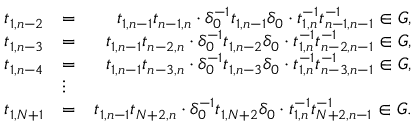
\begin{array} { r l r } { t _ { 1 , n - 2 } } & { = } & { t _ { 1 , n - 1 } t _ { n - 1 , n } \cdot \delta _ { 0 } ^ { - 1 } t _ { 1 , n - 1 } \delta _ { 0 } \cdot t _ { 1 , n } ^ { - 1 } t _ { n - 1 , n - 1 } ^ { - 1 } \in G , } \\ { t _ { 1 , n - 3 } } & { = } & { t _ { 1 , n - 1 } t _ { n - 2 , n } \cdot \delta _ { 0 } ^ { - 1 } t _ { 1 , n - 2 } \delta _ { 0 } \cdot t _ { 1 , n } ^ { - 1 } t _ { n - 2 , n - 1 } ^ { - 1 } \in G , } \\ { t _ { 1 , n - 4 } } & { = } & { t _ { 1 , n - 1 } t _ { n - 3 , n } \cdot \delta _ { 0 } ^ { - 1 } t _ { 1 , n - 3 } \delta _ { 0 } \cdot t _ { 1 , n } ^ { - 1 } t _ { n - 3 , n - 1 } ^ { - 1 } \in G , } \\ & { \vdots } & \\ { t _ { 1 , N + 1 } } & { = } & { t _ { 1 , n - 1 } t _ { N + 2 , n } \cdot \delta _ { 0 } ^ { - 1 } t _ { 1 , N + 2 } \delta _ { 0 } \cdot t _ { 1 , n } ^ { - 1 } t _ { N + 2 , n - 1 } ^ { - 1 } \in G . } \end{array}